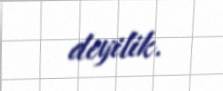
deyilik.